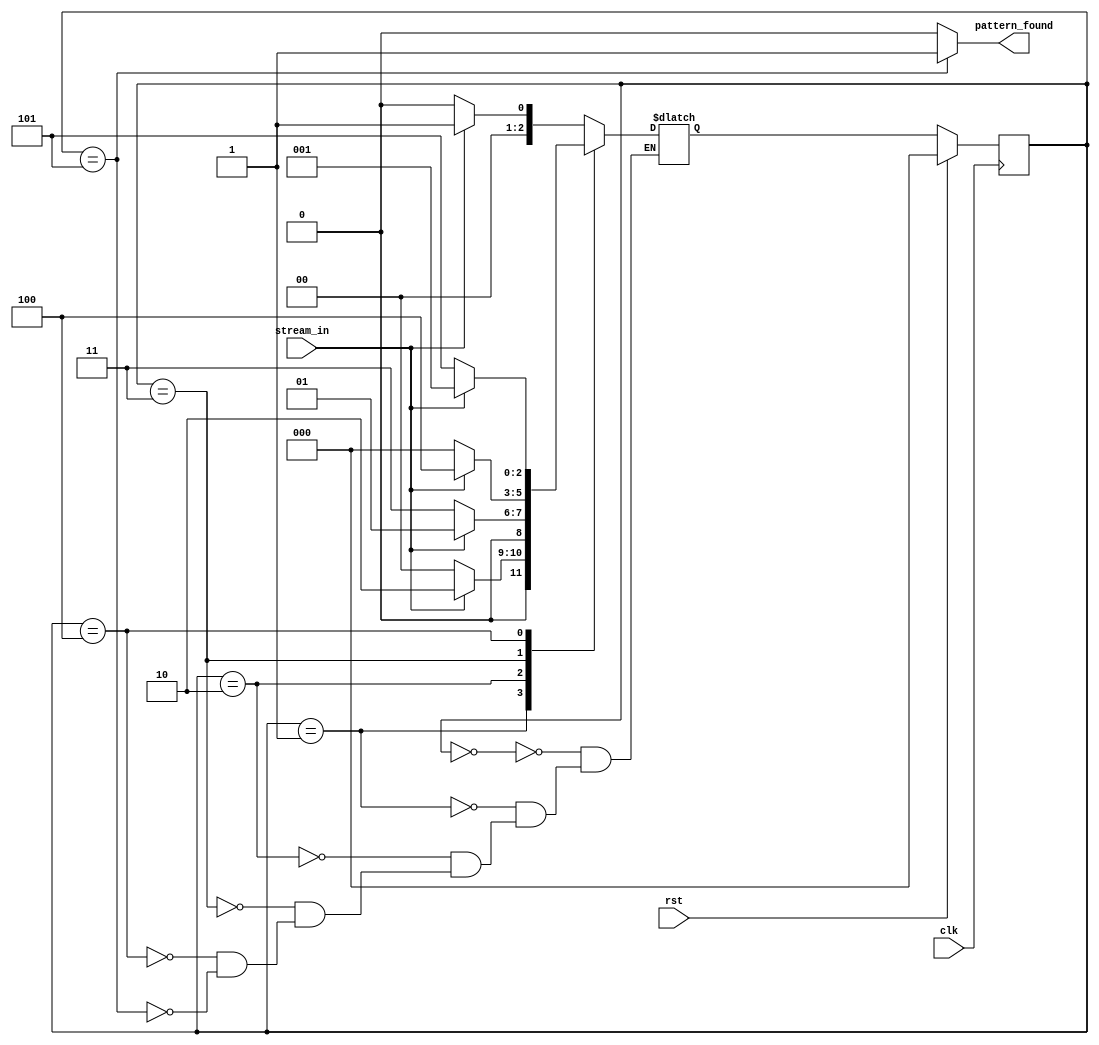
module pattern_detector(
	input clk,
	input rst,
	input stream_in,
	output reg pattern_found
);

//state register bits, here we have 6 states
parameter state_reg_width = 3 ;
parameter [state_reg_width-1: 0] stateA_1st_bit = 3'b000,
				 stateB_2nd_bit = 3'b001,
				 stateC_3rd_bit = 3'b010,
				 stateD_4th_bit = 3'b011,
				 stateE_5th_bit = 3'b100,
				 stateF_output  = 3'b101;

reg [state_reg_width-1:0] curr_state,next_state;

//State Register
always @(posedge clk) begin
	if(rst) begin
		$display("reset");
	    curr_state <= stateA_1st_bit;
	end
else begin
	$display("Next state");
	curr_state <= next_state;
end

end


// Next State Logic
always @(*) begin

case(curr_state)

stateA_1st_bit: begin
	if(stream_in==1) begin // 1xxxx 
		next_state=stateB_2nd_bit;	
	end	
	else
		next_state=stateA_1st_bit;
end

stateB_2nd_bit: begin
	if(stream_in==1) begin // 11xxx
		next_state=stateC_3rd_bit;
	end
	else
		next_state=stateA_1st_bit;
end


stateC_3rd_bit: begin
	if(stream_in==0) begin // 110xx
		next_state=stateD_4th_bit;
	end
	else
		next_state=stateB_2nd_bit;
end

stateD_4th_bit: begin
	if(stream_in==1)  begin // 1101x
		next_state=stateE_5th_bit;
	end 
	else
		next_state=stateA_1st_bit;
end

stateE_5th_bit: begin
	if(stream_in==0) begin  // 11010
		next_state=stateF_output;
	end
	else
		next_state=stateB_2nd_bit;
end

stateF_output: begin
	if(stream_in==0) begin // 11010-0
		next_state=stateA_1st_bit;
	end
	else		  // 11010-1
		next_state=stateB_2nd_bit;
end

endcase

end


// Output Logic
always @(*) begin
	//Output default values
pattern_found <= 0;

case(curr_state) 
stateF_output: begin
	pattern_found <= 1;
	$display("Pattern Found");
end
default:
	pattern_found <= 0;
endcase


end

endmodule